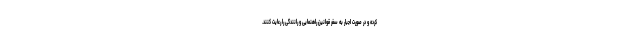
کرده و در صورت اجبار به سفر قوانین راهنمایی و رانندگی را رعایت کنند.